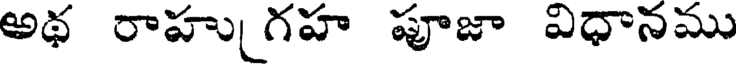
అథ రాహు గహ పూజా విధానము